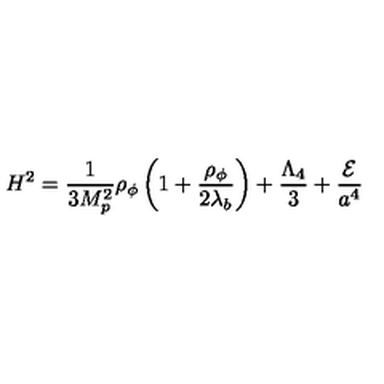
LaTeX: H ^ { 2 } = { \frac { 1 } { 3 M _ { p } ^ { 2 } } } \rho _ { \phi } \left( 1 + { \frac { \rho _ { \phi } } { 2 \lambda _ { b } } } \right) + { \frac { \Lambda _ { 4 } } { 3 } } + { \frac { \cal E } { a ^ { 4 } } }